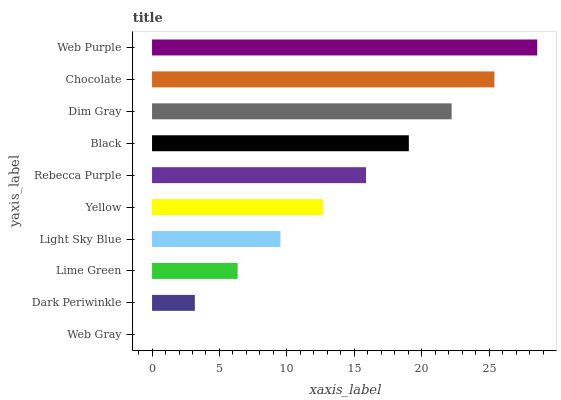
| yaxis_label | bars |
 | --- | --- |
 | Web Gray | 0 |
 | Dark Periwinkle | 3.17 |
 | Lime Green | 6.35 |
 | Light Sky Blue | 9.52 |
 | Yellow | 12.7 |
 | Rebecca Purple | 15.9 |
 | Black | 19 |
 | Dim Gray | 22.2 |
 | Chocolate | 25.4 |
 | Web Purple | 28.6 |